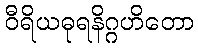
ဝီရိယဓုရနိဂ္ဂဟိတော